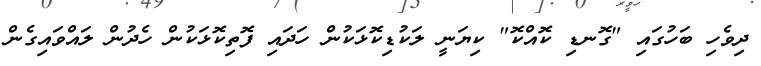
ދިވެހި ބަހުގައި "ގޮނޑި ކޮއްކޮ" ކިޔަނީ ލަކުޑިކޮޅަކުން ހަދައި ފޮތިކޮޅަކުން ހެދުން ލައްވައިގެން